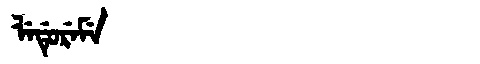
Manchu: ᠯᡝᡩᡠᡵᡝᠮᡝ
Romanization: LEDUREME